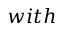
w i t h